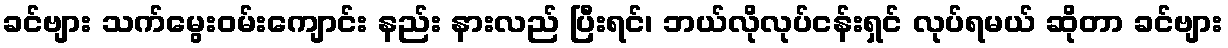
ခင်ဗျား သက်မွေးဝမ်းကျောင်း နည်း နားလည် ပြီးရင်၊ ဘယ်လိုလုပ်ငန်းရှင် လုပ်ရမယ် ဆိုတာ ခင်ဗျား